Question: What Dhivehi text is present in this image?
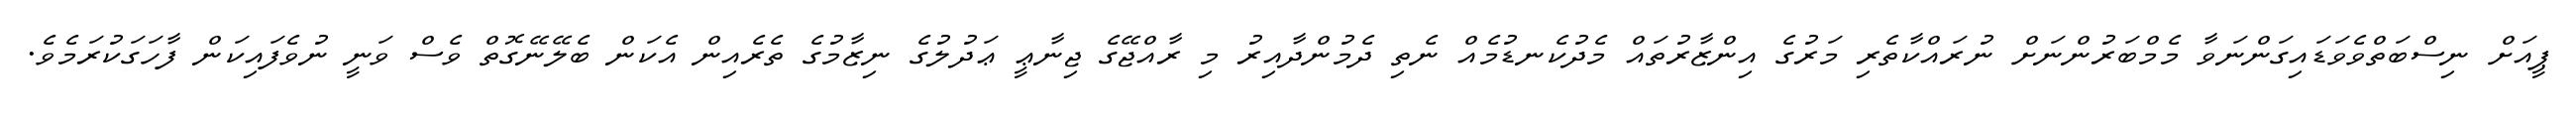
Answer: ޕީއަށް ނިސްބަތްވެވަޑައިގަންނަވާ މެމްބަރުންނަށް ނުރައްކާތެރި މަރުގެ އިންޒާރުތައް މެދުކެނޑުމެއް ނެތި ދެމުންދާއިރު މި ރާއްޖޭގެ ޖިނާޢީ ޢަދުލުގެ ނިޒާމުގެ ތެރެއިން އެކަން ބެލޭނޭގޮތް ވެސް ވަނީ ނުވެފައިކަން ފާހަގަކުރަމެވެ.